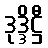
ဒုဒ္ဒိဋ္ဌီ